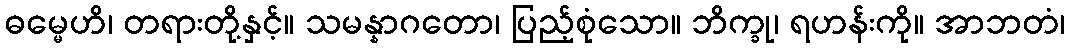
ဓမ္မေဟိ၊ တရားတို့နှင့်။ သမန္နာဂတော၊ ပြည့်စုံသော။ ဘိက္ခု၊ ရဟန်းကို။ အာဘတံ၊